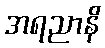
အရညာနိ